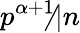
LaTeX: p^{\alpha+1}\not|n